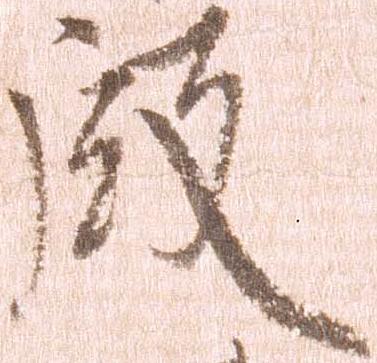
殿